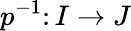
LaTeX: p^{-1}\colon I\rightarrow J